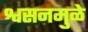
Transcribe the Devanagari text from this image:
श्वसनमुळे